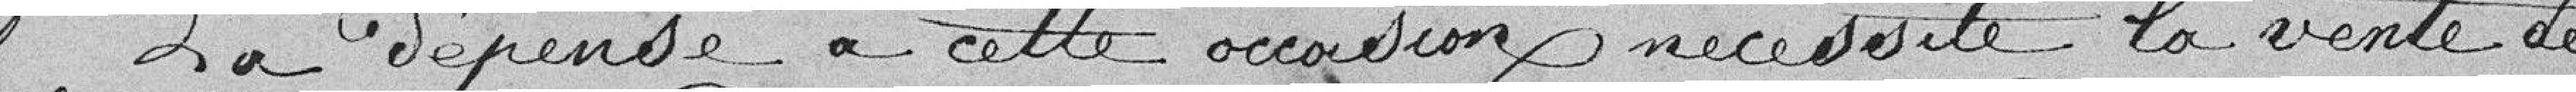
La dépense à cette occasion nécessite la vente de